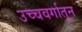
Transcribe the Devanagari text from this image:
उच्चवर्गातून